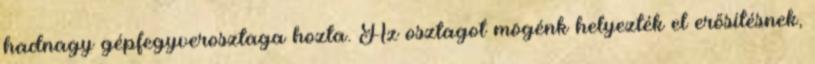
hadnagy gépfegyverosztaga hozta. Az osztagot mögénk helyezték el erősítésnek,